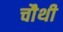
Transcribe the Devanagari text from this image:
चाैथी